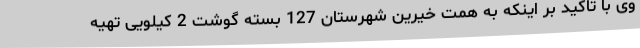
وی با تاکید بر اینکه به همت خیرین شهرستان 127 بسته گوشت 2 کیلویی تهیه